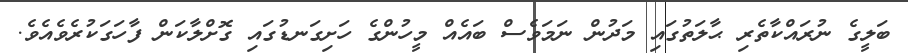
ބަލީގެ ނުރައްކާތެރި ޙާލަތުގައި މަދުން ނަމަވެސް ބައެއް މީހުންގެ ހަށިގަނޑުގައި ގޮށްލާކަން ފާހަގަކުރެވެއެވެ.